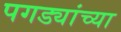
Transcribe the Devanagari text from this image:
पगड्यांच्या